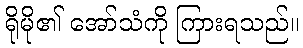
ရိုမို၏ အော်သံကို ကြားရသည်။